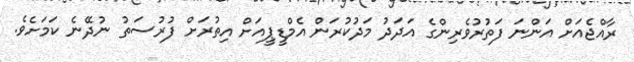
ރާއްޖެއަށް އަންނަ ފަތުރުވެރިންގެ އަދަދު މަދުކުރަން އެމްޑީޕީއަށް އިތުރަށް ފުރުސަތު ނުދޭނެ ކަމަށެވެ.